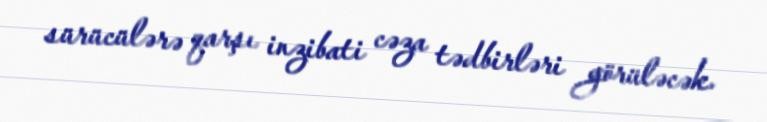
sürücülərə qarşı inzibati cəza tədbirləri görüləcək.